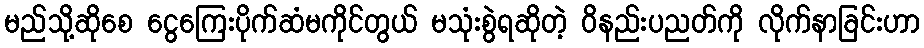
မည်သို့ဆိုစေ ငွေကြေးပိုက်ဆံမကိုင်တွယ် မသုံးစွဲရဆိုတဲ့ ဝိနည်းပညတ်ကို လိုက်နာခြင်းဟာ